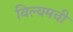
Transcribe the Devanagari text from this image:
विल्यमची